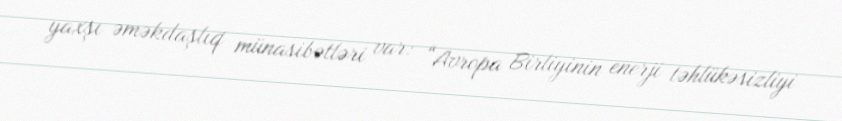
yaxşı əməkdaşlıq münasibətləri var: “Avropa Birliyinin enerji təhlükəsizliyi